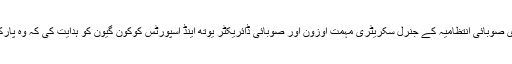
گورنر گیرل ، جو کیلیٹائپ اسکی سنٹر سب ڈے سہولیات کا معائنہ بھی کر رہے ہیں ، نے خصوصی سکریٹری صوبائی انتظامیہ کے جنرل سکریٹری مہمت اوزون اور صوبائی ڈائریکٹر یوتھ اینڈ اسپورٹس کوکون گیون کو ہدایت کی کہ وہ پارکنگ کی توسیع ، بیت الخلا اور مساجد کی تعمیر کے لئے ضروری مطالعہ کرکے فزیبلٹی رپورٹس تیار کریں۔